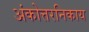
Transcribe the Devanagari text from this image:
अंकोत्तरनिकाय